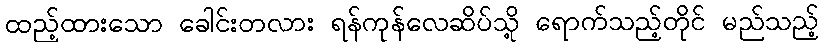
ထည့်ထားသော ခေါင်းတလား ရန်ကုန်လေဆိပ်သို့ ရောက်သည့်တိုင် မည်သည့်